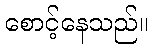
စောင့်နေသည်။